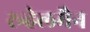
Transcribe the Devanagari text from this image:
रूहेलमैन